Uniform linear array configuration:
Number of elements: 4
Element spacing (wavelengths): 0.75
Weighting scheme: blackman
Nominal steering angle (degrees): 15
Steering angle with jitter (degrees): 14.723
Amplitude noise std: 0.05
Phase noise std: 0.05

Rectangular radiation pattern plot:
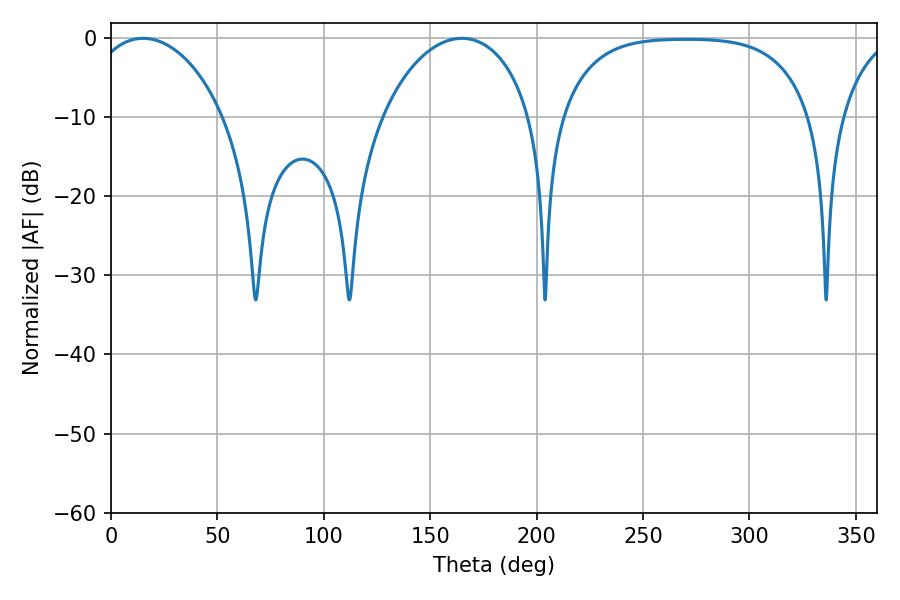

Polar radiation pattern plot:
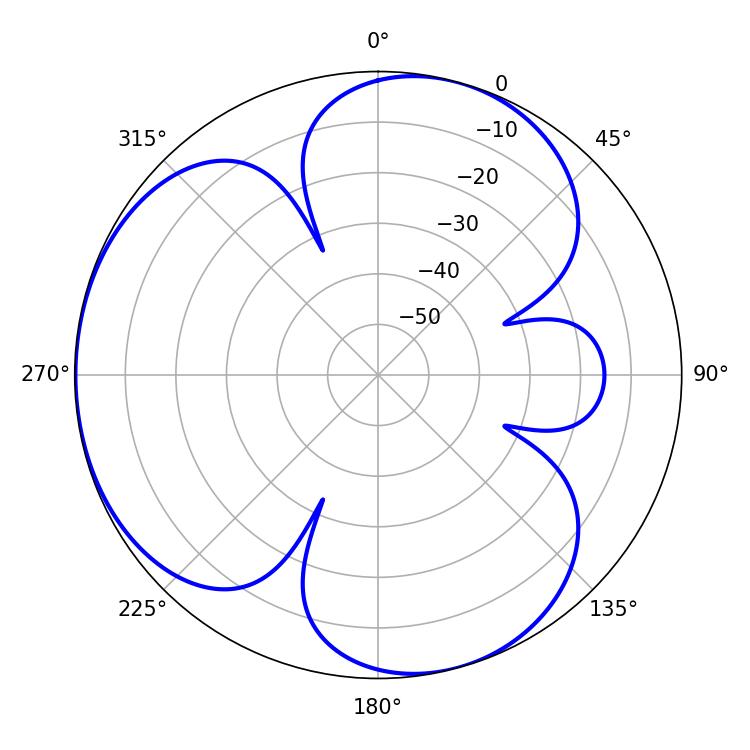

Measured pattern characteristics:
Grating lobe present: TRUE
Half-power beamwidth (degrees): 36.36
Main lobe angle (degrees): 15.12